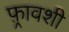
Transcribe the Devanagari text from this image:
फ़्रावशी